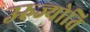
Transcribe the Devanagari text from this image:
उरुज्योति